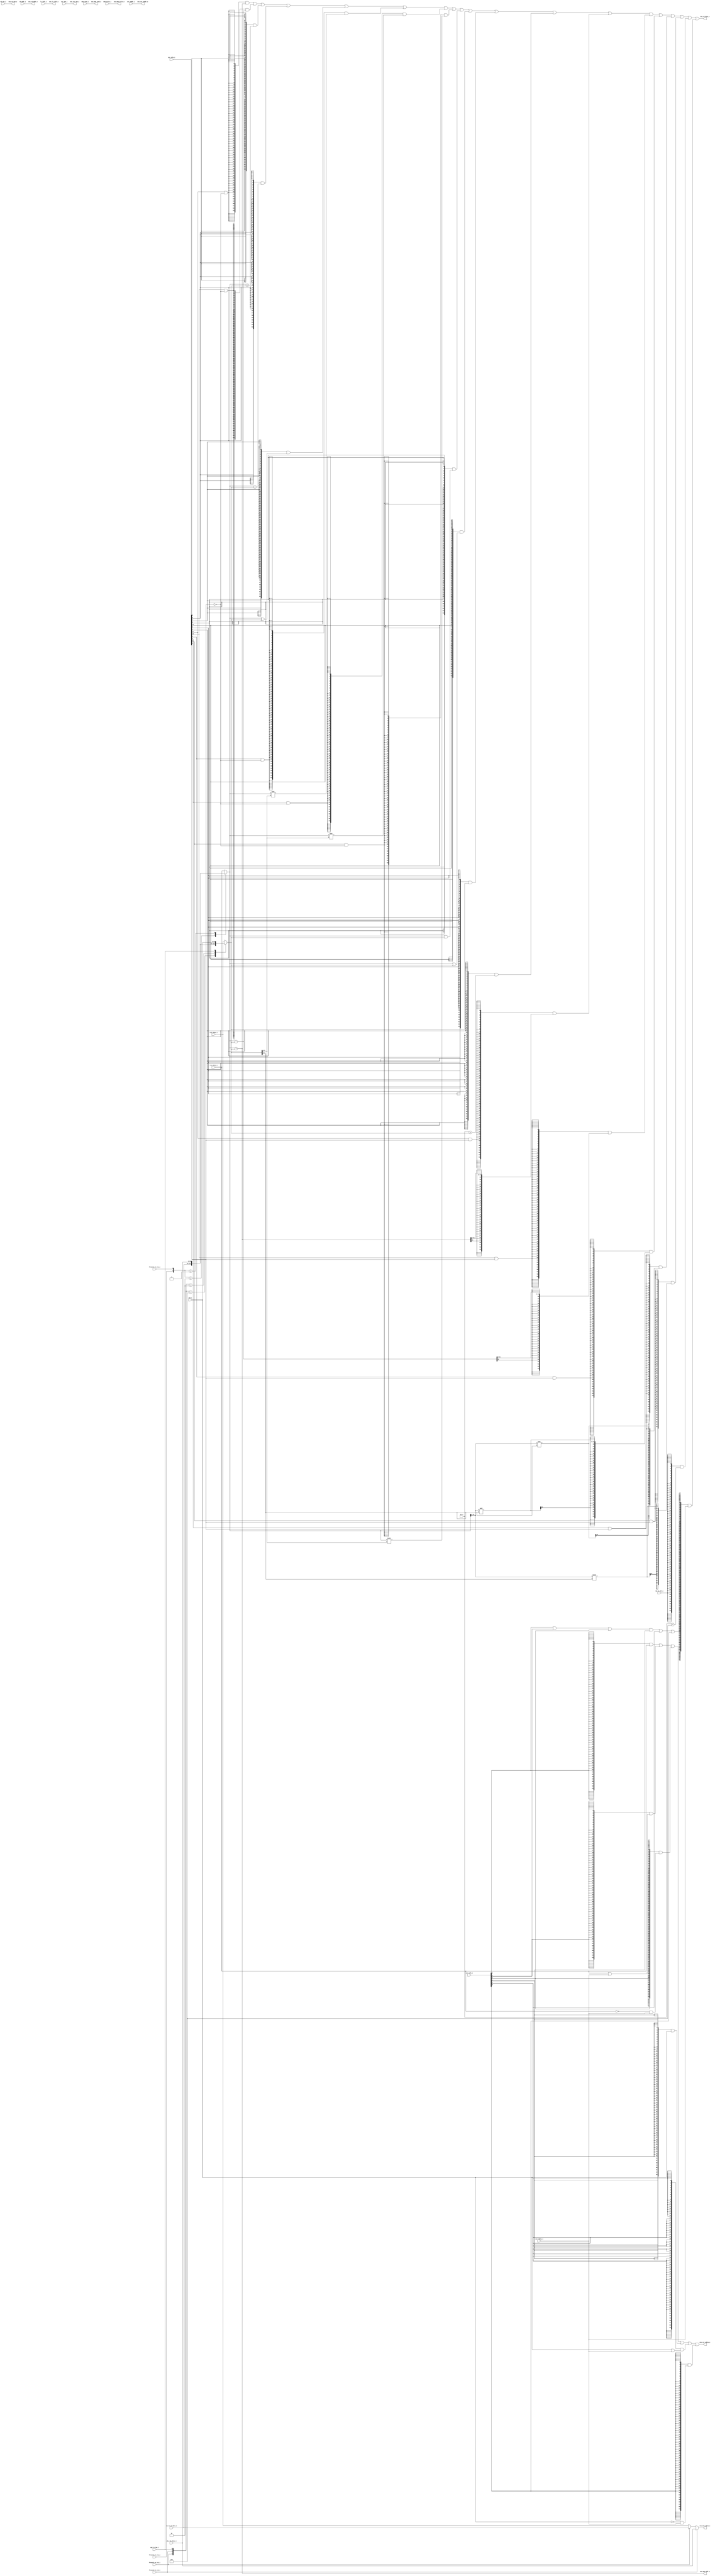
module exu(
    // idu ports
    input   [63:0] imm_i,
    input   [63:0] rs1_rdata_i,
    input   [63:0] rs2_rdata_i,
    input   [63:0] csr_rdata_i,
    input   [63:0] pc_i,

    // ex control
    input   [12:0] alu_info_i,
    input   [5:0]  csr_info_i,
    input          op2_is_imm_i,
    input          op_is_jal_i,

    // wbu
    input          rd_wen_i,
    output         exu_rd_wen_o,
    input   [4:0]  rd_addr_i,
    output  [63:0] exu_rd_data_o,
    output  [4:0]  exu_rd_addr_o,

    // ls
    input   [10:0] ls_info_i,
    input          mem_read_i,
    input          mem_write_i,
    output  [63:0] exu_mem_addr_o,
    output  [63:0] exu_mem_wdata_o,
    output  [10:0] exu_ls_info_o,
    output         exu_mem_read_o,
    output         exu_mem_write_o,

    // forward control
    input          forward_ex_rs1_i,
    input          forward_ex_rs2_i,
    input          forward_ls_rs1_i,
    input          forward_ls_rs2_i,
    input   [63:0] ex_ls_rd_data_i,
    input   [63:0] wbu_rd_wdata_i,

    // csr
    input          csr_wen_i,
    input   [11:0] csr_waddr_i,
    output  [63:0] exu_csr_wdata_o,
    output         exu_csr_wen_o,
    output  [11:0] exu_csr_waddr_o


);


//---------------Variables declaration------------------------
wire op_alu_or    = alu_info_i[12];
wire op_alu_add   = alu_info_i[11] & ~alu_info_i[0];
wire op_alu_sub   = alu_info_i[10] & ~alu_info_i[0];
wire op_alu_slt   = alu_info_i[ 9];
wire op_alu_sltu  = alu_info_i[ 8];
wire op_alu_xor   = alu_info_i[ 7];
wire op_alu_sll   = alu_info_i[ 6] & ~alu_info_i[0];
wire op_alu_srl   = alu_info_i[ 5] & ~alu_info_i[0];
wire op_alu_sra   = alu_info_i[ 4] & ~alu_info_i[0];
wire op_alu_and   = alu_info_i[ 3];
wire op_alu_lui   = alu_info_i[ 2];
wire op_alu_auipc = alu_info_i[ 1];
wire op_alu_word  = alu_info_i[ 0];
wire op_alu_addw  = alu_info_i[11] & alu_info_i[0];
wire op_alu_subw  = alu_info_i[10] & alu_info_i[0];
wire op_alu_sllw  = alu_info_i[ 6] & alu_info_i[0];
wire op_alu_srlw  = alu_info_i[ 5] & alu_info_i[0];
wire op_alu_sraw  = alu_info_i[ 4] & alu_info_i[0];

wire op_csr_csrrw = csr_info_i[5];
wire op_csr_csrrs = csr_info_i[4];
wire op_csr_csrrc = csr_info_i[3];
wire op_csr_csrrwi= csr_info_i[2];
wire op_csr_csrrsi= csr_info_i[1];
wire op_csr_csrrci= csr_info_i[0];
wire op_csr       = op_csr_csrrw
                  | op_csr_csrrs
                  | op_csr_csrrc
                  | op_csr_csrrwi
                  | op_csr_csrrsi
                  | op_csr_csrrci
                  ;


wire signed [63:0] add_rd_data;
wire signed [63:0] sub_rd_data;
wire        [63:0] slt_rd_data;
wire        [63:0] sltu_rd_data;
wire        [63:0] xor_rd_data;
wire        [63:0] sll_rd_data;
wire        [63:0] srl_rd_data;
wire signed [63:0] sra_rd_data;
wire        [63:0] and_rd_data;
wire        [63:0] or_rd_data;
wire        [63:0] lui_rd_data;
wire signed [63:0] auipc_rd_data;
wire        [63:0] addw_rd_data;
wire        [63:0] subw_rd_data;
wire        [63:0] sllw_rd_data;
wire        [63:0] srlw_rd_data;
wire        [63:0] sraw_rd_data;
wire        [63:0] jal_rd_data;

wire        [31:0] sllw_temp;
wire        [31:0] srlw_temp;
wire signed [31:0] sraw_temp;

wire        [63:0] csrrw_wdata;
wire        [63:0] csrrs_wdata;
wire        [63:0] csrrc_wdata;
wire        [63:0] csrrwi_wdata;
wire        [63:0] csrrsi_wdata;
wire        [63:0] csrrci_wdata;

reg         [63:0] op1;
reg         [63:0] op2;

wire signed [63:0] op1_signed;
wire signed [63:0] op2_signed;

wire        [31:0] op1_word;
wire signed [31:0] op1_word_signed;

wire signed [63:0] pc_signed;

wire op1_lt_op2_signed;
wire op1_lt_op2_unsigned;

wire [5:0] shift_bits;

//-----------------OP-------------------------
always @(*) begin
    case ({forward_ex_rs1_i, forward_ls_rs1_i})
        2'b10   : op1 = ex_ls_rd_data_i;
        2'b01   : op1 = wbu_rd_wdata_i;
        default : op1 = rs1_rdata_i;
    endcase
end

always @(*) begin
    casez ({forward_ex_rs2_i, forward_ls_rs2_i, op2_is_imm_i})
        3'b100  : op2 = ex_ls_rd_data_i;
        3'b010  : op2 = wbu_rd_wdata_i;
        3'b??1  : op2 = imm_i;
        default : op2 = rs2_rdata_i;
    endcase
end

assign op1_signed = $signed(op1);
assign op2_signed = $signed(op2);

assign op1_word        = op1[31:0];
assign op1_word_signed = $signed(op1_word);

assign pc_signed  = $signed(pc_i);
assign shift_bits = op2[5:0];


//----------------ALU---------------------

// add addi
assign add_rd_data   = op1_signed + op2_signed;

// sub subw
assign sub_rd_data   = op1_signed - op2_signed;

// slt slti
assign op1_lt_op2_signed = op1_signed < op2_signed;
assign slt_rd_data       = {{63{1'b0}}, op1_lt_op2_signed};

// sltu sltiu
assign op1_lt_op2_unsigned = op1 < op2;
assign sltu_rd_data        = {{63{1'b0}}, op1_lt_op2_unsigned};

// xor xori
assign xor_rd_data = op1 ^ op2;

// sll slli
assign sll_rd_data = op1 << shift_bits;

// srl srli
assign srl_rd_data = op1 >> shift_bits;

// sra srai
assign sra_rd_data = op1_signed >>> shift_bits;

// and andi
assign and_rd_data = op1 & op2;

// or ori
assign or_rd_data  = op1 | op2;

// lui
assign lui_rd_data = op2;

// auipc
assign auipc_rd_data = pc_signed + op2_signed;

// addw addiw
assign addw_rd_data = {{32{add_rd_data[31]}}, add_rd_data[31:0]};

// subw
assign subw_rd_data = {{32{sub_rd_data[31]}}, sub_rd_data[31:0]};

// sllw slliw
assign sllw_temp    = op1_word << shift_bits[4:0];
assign sllw_rd_data = {{32{sllw_temp[31]}}, sllw_temp};

// srlw srliw
assign srlw_temp    = op1_word >> shift_bits[4:0];
assign srlw_rd_data = {{32{srlw_temp[31]}}, srlw_temp};

// sraw sraiw
assign sraw_temp    = op1_word_signed >>> shift_bits[4:0];
assign sraw_rd_data = {{32{sraw_temp[31]}}, sraw_temp};

// jal
assign jal_rd_data  = pc_i + 4;


//------------------CSR wdata--------------
assign csrrw_wdata  =  rs1_rdata_i;

assign csrrs_wdata  =  rs1_rdata_i | csr_rdata_i;

assign csrrc_wdata  = ~rs1_rdata_i & csr_rdata_i;

assign csrrwi_wdata =  imm_i;

assign csrrsi_wdata =  imm_i | csr_rdata_i;

assign csrrci_wdata = ~imm_i & csr_rdata_i;




//----------output---------------------
assign exu_rd_wen_o  = rd_wen_i;

assign exu_rd_addr_o = rd_addr_i;

assign exu_rd_data_o = ({64{op_alu_add}}   & add_rd_data)
                |  ({64{op_alu_sub}}   & sub_rd_data)
                |  ({64{op_alu_slt}}   & slt_rd_data)
                |  ({64{op_alu_sltu}}  & sltu_rd_data)
                |  ({64{op_alu_xor}}   & xor_rd_data)
                |  ({64{op_alu_sll}}   & sll_rd_data)
                |  ({64{op_alu_srl}}   & srl_rd_data)
                |  ({64{op_alu_sra}}   & sra_rd_data)
                |  ({64{op_alu_and}}   & and_rd_data)
                |  ({64{op_alu_or}}    & or_rd_data)
                |  ({64{op_alu_lui}}   & lui_rd_data)
                |  ({64{op_alu_auipc}} & auipc_rd_data)
                |  ({64{op_alu_addw}}  & addw_rd_data)
                |  ({64{op_alu_subw}}  & subw_rd_data)
                |  ({64{op_alu_sllw}}  & sllw_rd_data)
                |  ({64{op_alu_srlw}}  & srlw_rd_data)
                |  ({64{op_alu_sraw}}  & sraw_rd_data)
                |  ({64{op_is_jal_i}}  & jal_rd_data)
                |  ({64{op_csr}}       & csr_rdata_i)
                ;


assign exu_mem_addr_o  = add_rd_data;
assign exu_mem_wdata_o = forward_ls_rs2_i ? wbu_rd_wdata_i :
                         forward_ex_rs2_i ? ex_ls_rd_data_i : rs2_rdata_i;

assign exu_ls_info_o   = ls_info_i;
assign exu_mem_read_o  = mem_read_i;
assign exu_mem_write_o = mem_write_i;

assign exu_csr_waddr_o = csr_waddr_i;
assign exu_csr_wen_o   = csr_wen_i;

assign exu_csr_wdata_o = ({64{op_csr_csrrw }} & csrrw_wdata)
                  |  ({64{op_csr_csrrs }} & csrrs_wdata)
                  |  ({64{op_csr_csrrc }} & csrrc_wdata)
                  |  ({64{op_csr_csrrwi}} & csrrwi_wdata)
                  |  ({64{op_csr_csrrsi}} & csrrsi_wdata)
                  |  ({64{op_csr_csrrci}} & csrrci_wdata)
                  ;

endmodule